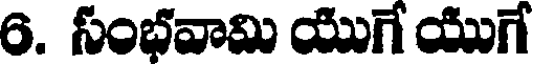
6. సంభవామి యుగే యుగే